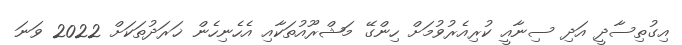
އިގުތިސާދީ އަދި ސިނާއީ ކުރިއެރުވުމަށް ހިންގޭ މަޝްރޫއުތަކާއި އެހެނިހެން ޚަރަދުތަކަށް 2022 ވަނަ